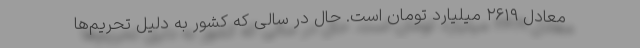
معادل ۲۶۱۹ میلیارد تومان است. حال در سالی که کشور به دلیل تحریم‌ها